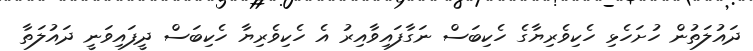
ދައުލަތުން ހުށަހެޅި ހެކިވެރިޔާގެ ހެކިބަސް ނަގާފައިވާއިރު އެ ހެކިވެރިޔާ ހެކިބަސް ދީފައިވަނީ ދައުލަތާ